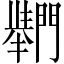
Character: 𲈴